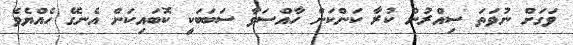
ވަގަށް ނުވަތަ ސިއްރުން ކުރާ ކަންކަން ހާއްސަވާ ސަބަބަކީ ކޮބައިކަން އެނގޭ ހެއްޔެވެ